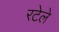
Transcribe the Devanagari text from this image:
रटेले